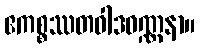
ဧကစ္စဿတဝါဒဝဏ္ဏနာ။